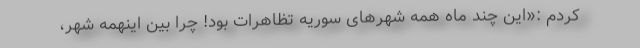
کردم :«این چند ماه همه شهرهای سوریه تظاهرات بود! چرا بین اینهمه شهر،